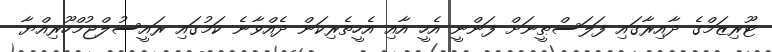
ޓޫރިޒަމްގެ ދާއިރާގައި ފަލަސްޠީނަށް ފަންނީ އެހީ އާއި އެހީތެރިކަން ދެއްވާނެ ކަމުގައި ރައީސުލްޖުމްހޫރިއްޔާ